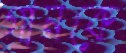
গানকে